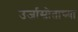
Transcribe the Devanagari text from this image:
उर्जास्रोताच्या